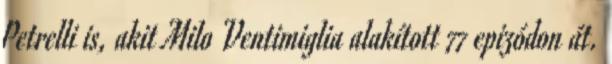
Petrelli is, akit Milo Ventimiglia alakított 77 epizódon át.